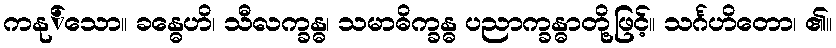
ကနု်သော။ ခန္ဓေဟိ၊ သီလက္ခန္ဓ၊ သမာဓိက္ခန္ဓ ပညာက္ခန္ဓာတို့ဖြင့်။ သင်္ဂဟိတော၊ ၏။